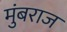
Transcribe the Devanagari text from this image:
मुंबराज